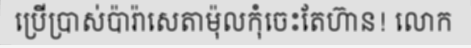
ប្រើប្រាស់ប៉ារ៉ាសេតាម៉ុលកុំចេះតែហ៊ាន! លោក